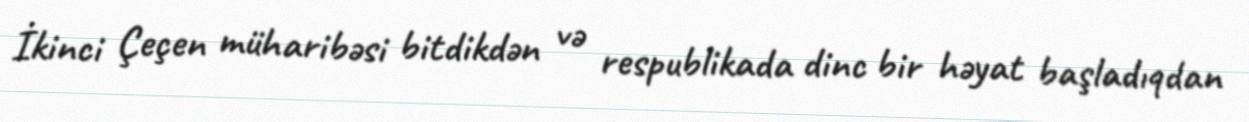
İkinci Çeçen müharibəsi bitdikdən və respublikada dinc bir həyat başladıqdan